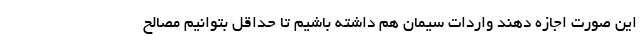
این صورت اجازه دهند واردات سیمان هم داشته باشیم تا حداقل بتوانیم مصالح